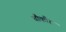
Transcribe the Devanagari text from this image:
चौकौर